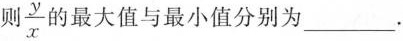
则\frac{y}{x}的最大值与最小值分别为___.